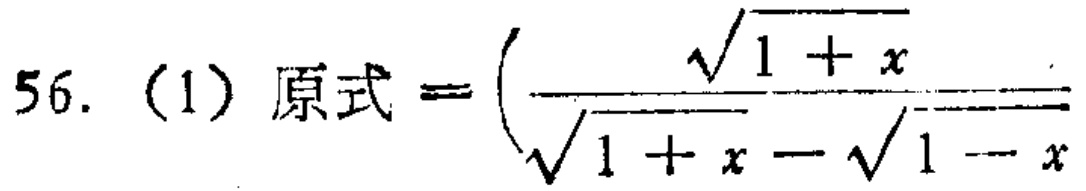
56. (1) 原式\(=(\frac{\sqrt{1 + x}}{\sqrt{1 + x}-\sqrt{1 - x}}\)